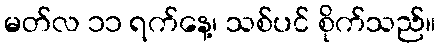
မတ်လ ၁၁ ရက်နေ့၊ သစ်ပင် စိုက်သည်။